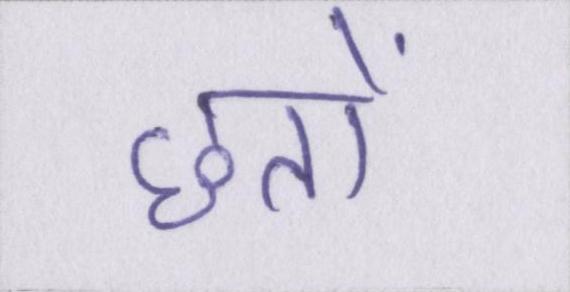
छतों